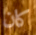
كان